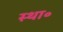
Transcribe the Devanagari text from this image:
स्था॰